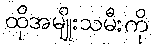
ထိုအမျိုးသမီးကို